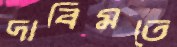
দাবিমতে